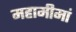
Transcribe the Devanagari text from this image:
महामीमां